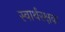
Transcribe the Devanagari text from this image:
स्वार्थरक्षक